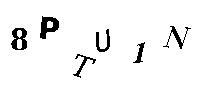
8PTU1N